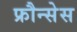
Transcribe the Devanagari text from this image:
फ्रौन्सेस